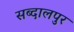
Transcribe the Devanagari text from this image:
सब्दालपुर